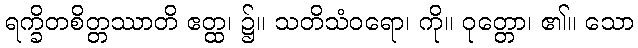
ရက္ခိတစိတ္တဿာတိ ဧတ္ထ၊ ၌။ သတိသံဝရော၊ ကို။ ဝုတ္တော၊ ၏။ သော